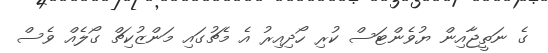
ގެ ނަތީޖާއިން ޔުވެންޓަސް ކުރި ހޯދިއިރު އެ މެޗުގައި މަންޒުކިޗް ގޯލެއް ވެސް